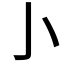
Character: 𰍨